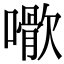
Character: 𡁌